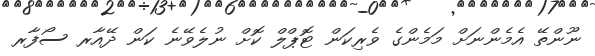
ނޫންތޭ އެމެންނަށް މަމެންގެ ވެރިކަން ޓޮޕްލް ކޮށް ނުލެވޭނެ ކަން ދޭއާރ ސޯފާރ